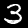
Digit: 3